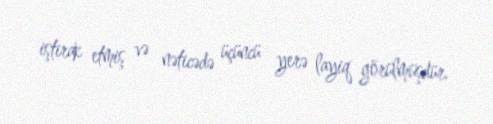
iştirak etmiş və nəticədə üçüncü yerə layiq görülmüşdür.